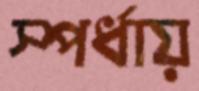
স্পর্ধায়